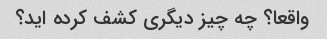
واقعا؟ چه چیز دیگری کشف کرده اید؟